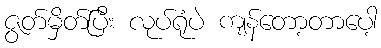
ဇွတ်မှိတ်ပြီး လုပ်ရုံပဲ ကျန်တော့တာပေါ့